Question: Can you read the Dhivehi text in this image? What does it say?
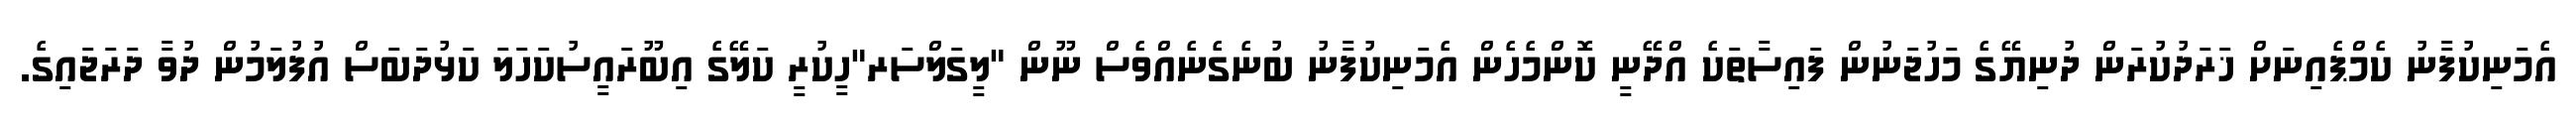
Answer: އެމަނިކުފާނު ކެމްޕެއިނަށް ޚަރަދުކުރަން ދުނިޔޭގެ މަހުޖަނުން ފައިސާތަކެ އްދޭނީ ކޮންމެހެން އެމަނިކުފާނު ބުނެގެނެއްވެސް ނޫން "ލީގަލްސަރ"ހީކުރީ ކަލޭގެ އިބޫރައީސުކަހަލަ ކަޅުދަބަސް އުފުލަމުން ދުވާ ދަރަޖައިގެ.